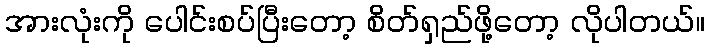
အားလုံးကို ပေါင်းစပ်ပြီးတော့ စိတ်ရှည်ဖို့တော့ လိုပါတယ်။